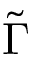
\tilde { \Gamma }